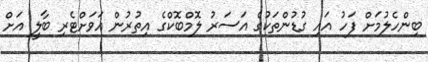
ބިންހެލުމަށް ފަހު އައި ގުޑުންތަކުގެ އަސަރު ލޮމްބޮކްގެ އިތުރުން އަވަށްޓެރި ބާލީ އަށް